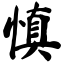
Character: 慎